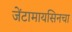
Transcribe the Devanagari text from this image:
जेंटामायसिनचा